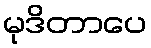
မုဒိတာပေ